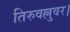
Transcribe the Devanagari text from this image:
तिरुवल्लुवर।